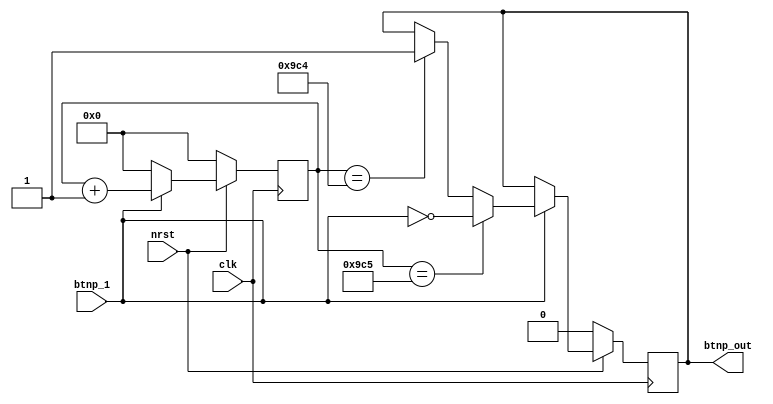
`timescale 1ns / 1ps



module debounce(
    input btnp_1,
    input clk, 
    input nrst, 
    output reg btnp_out
    ); 

    reg [29:0] counter;
    
 
    
    always@(posedge clk)
        if(!nrst) begin
            btnp_out <= 0;
            counter <= 0;
        end
        else begin
            if(btnp_1 == 0)
                counter <= 0;
            else begin
                counter <= counter + 1;
                if(counter == 2500)
                    btnp_out <= btnp_1;
                if(counter == 2501)
                    btnp_out <= ~btnp_1;
            end
        end
endmodule